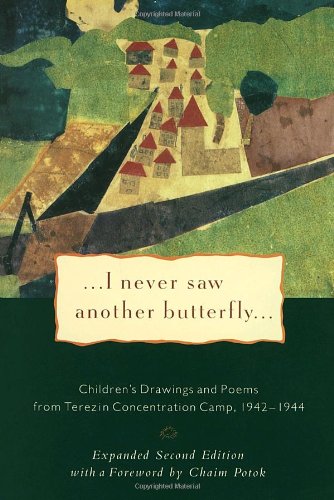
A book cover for I Never Saw Another Butterfly: Children's Drawings and Poems from the Terezin Concentration Camp, 1942-1944; Literature & Fiction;